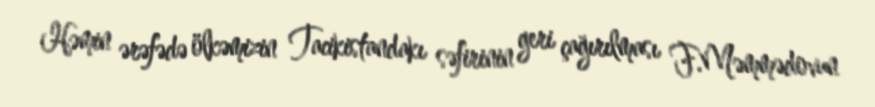
Həmin ərəfədə ölkəmizin Tacikistandakı səfirinin geri çağırılması F.Məmmədovun